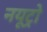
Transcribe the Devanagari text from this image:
नयूट्रो